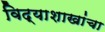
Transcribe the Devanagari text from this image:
विद्याशाखांचा